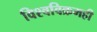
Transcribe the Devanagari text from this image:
विश्वविक्रमही